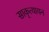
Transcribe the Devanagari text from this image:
साकृत्यायन